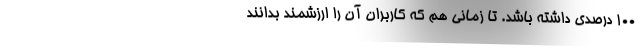
۱۰۰ درصدی داشته باشد. تا زمانی هم که کاربران آن را ارزشمند بدانند